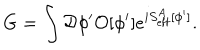
G = \int { \cal D } \phi ^ { \prime } { \cal O } [ \phi ^ { \prime } ] e ^ { i S _ { \mathrm { e f f } } ^ { A } [ \phi ^ { \prime } ] } .